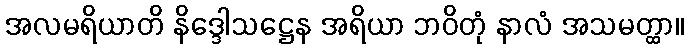
အလမရိယာတိ နိဒ္ဒေါသဋ္ဌေန အရိယာ ဘဝိတုံ နာလံ အသမတ္ထာ။